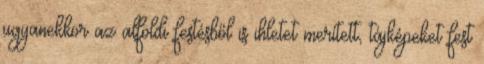
ugyanekkor az alföldi festésből is ihletet merített, tájképeket fest